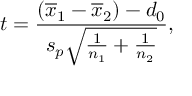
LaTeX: t = { \frac { ( { \overline { { x } } } _ { 1 } - { \overline { { x } } } _ { 2 } ) - d _ { 0 } } { s _ { p } { \sqrt { { \frac { 1 } { n _ { 1 } } } + { \frac { 1 } { n _ { 2 } } } } } } } ,